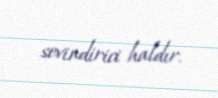
sevindirici haldır.